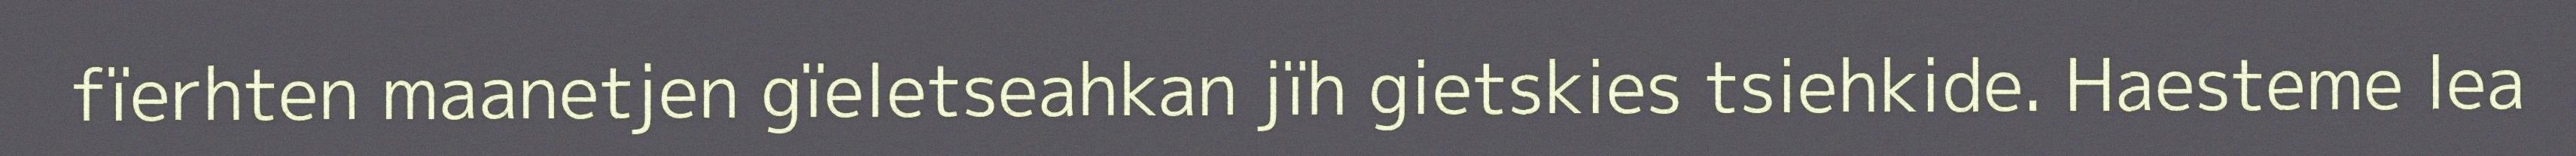
fïerhten maanetjen gïeletseahkan jïh gietskies tsiehkide. Haesteme lea